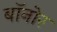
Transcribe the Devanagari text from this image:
बॉनोर